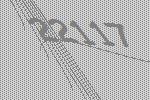
22117